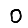
Digit: 0